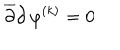
LaTeX: { \overline { { \partial } } } { \partial } \, \varphi ^ { ( k ) } = 0